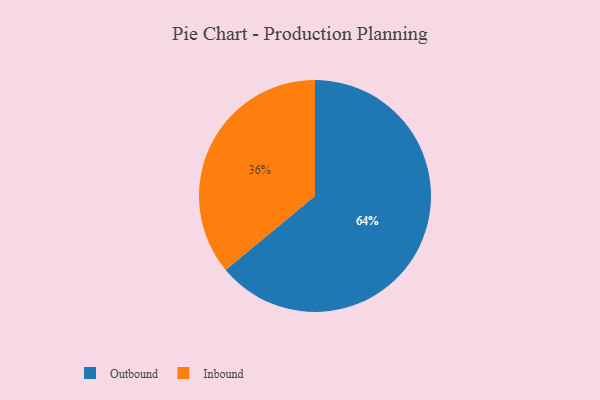
{"axis": {"x": "Category", "y": "Percentage"}, "legend": ["Inbound", "Outbound"], "data": [{"x": "Inbound", "y": 36, "type": "Inbound"}, {"x": "Outbound", "y": 64, "type": "Outbound"}]}